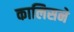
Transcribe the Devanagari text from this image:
कालिसने